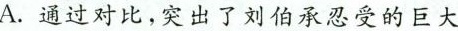
A.通过对比，突出了刘伯承忍受的巨大